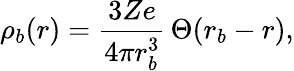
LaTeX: \rho_{b}(r)=\frac{3Ze}{4\pi r_{b}^{3}}\, \Theta(r_{b}-r),